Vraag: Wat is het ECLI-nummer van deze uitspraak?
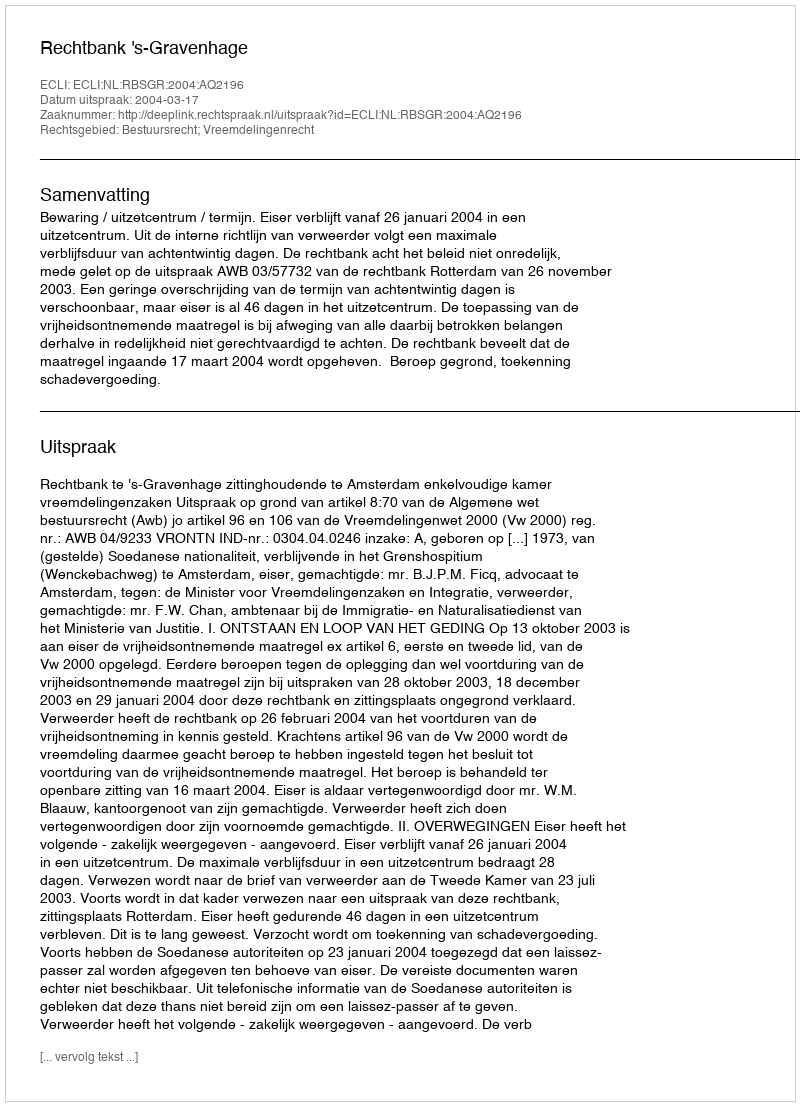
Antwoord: ECLI:NL:RBSGR:2004:AQ2196